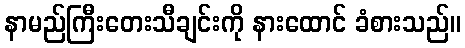
နာမည်ကြီးတေးသီချင်းကို နားထောင် ခံစားသည်။